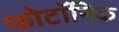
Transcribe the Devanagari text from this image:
फोटॉनिक